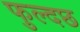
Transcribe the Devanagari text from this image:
फुल्दछ